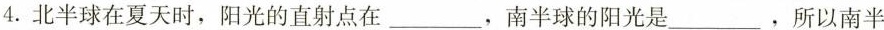
4.北半球在夏天时，阳光的直射点在___，南半球的阳光是___，所以南半